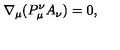
\nabla _ { \mu } ( P _ { \mu } ^ { \nu } A _ { \nu } ) = 0 ,